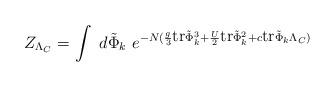
LaTeX: \begin{align*}Z_{\Lambda_{C}}=\int \ d\tilde{\Phi}_k \ e^{-N ({g \over 3}\makebox{tr} \tilde{\Phi}_k^3 +{U \over 2}\makebox{tr} \tilde{\Phi}_k^2 +c \makebox{tr}\tilde{\Phi}_k \Lambda_{C})}\end{align*}